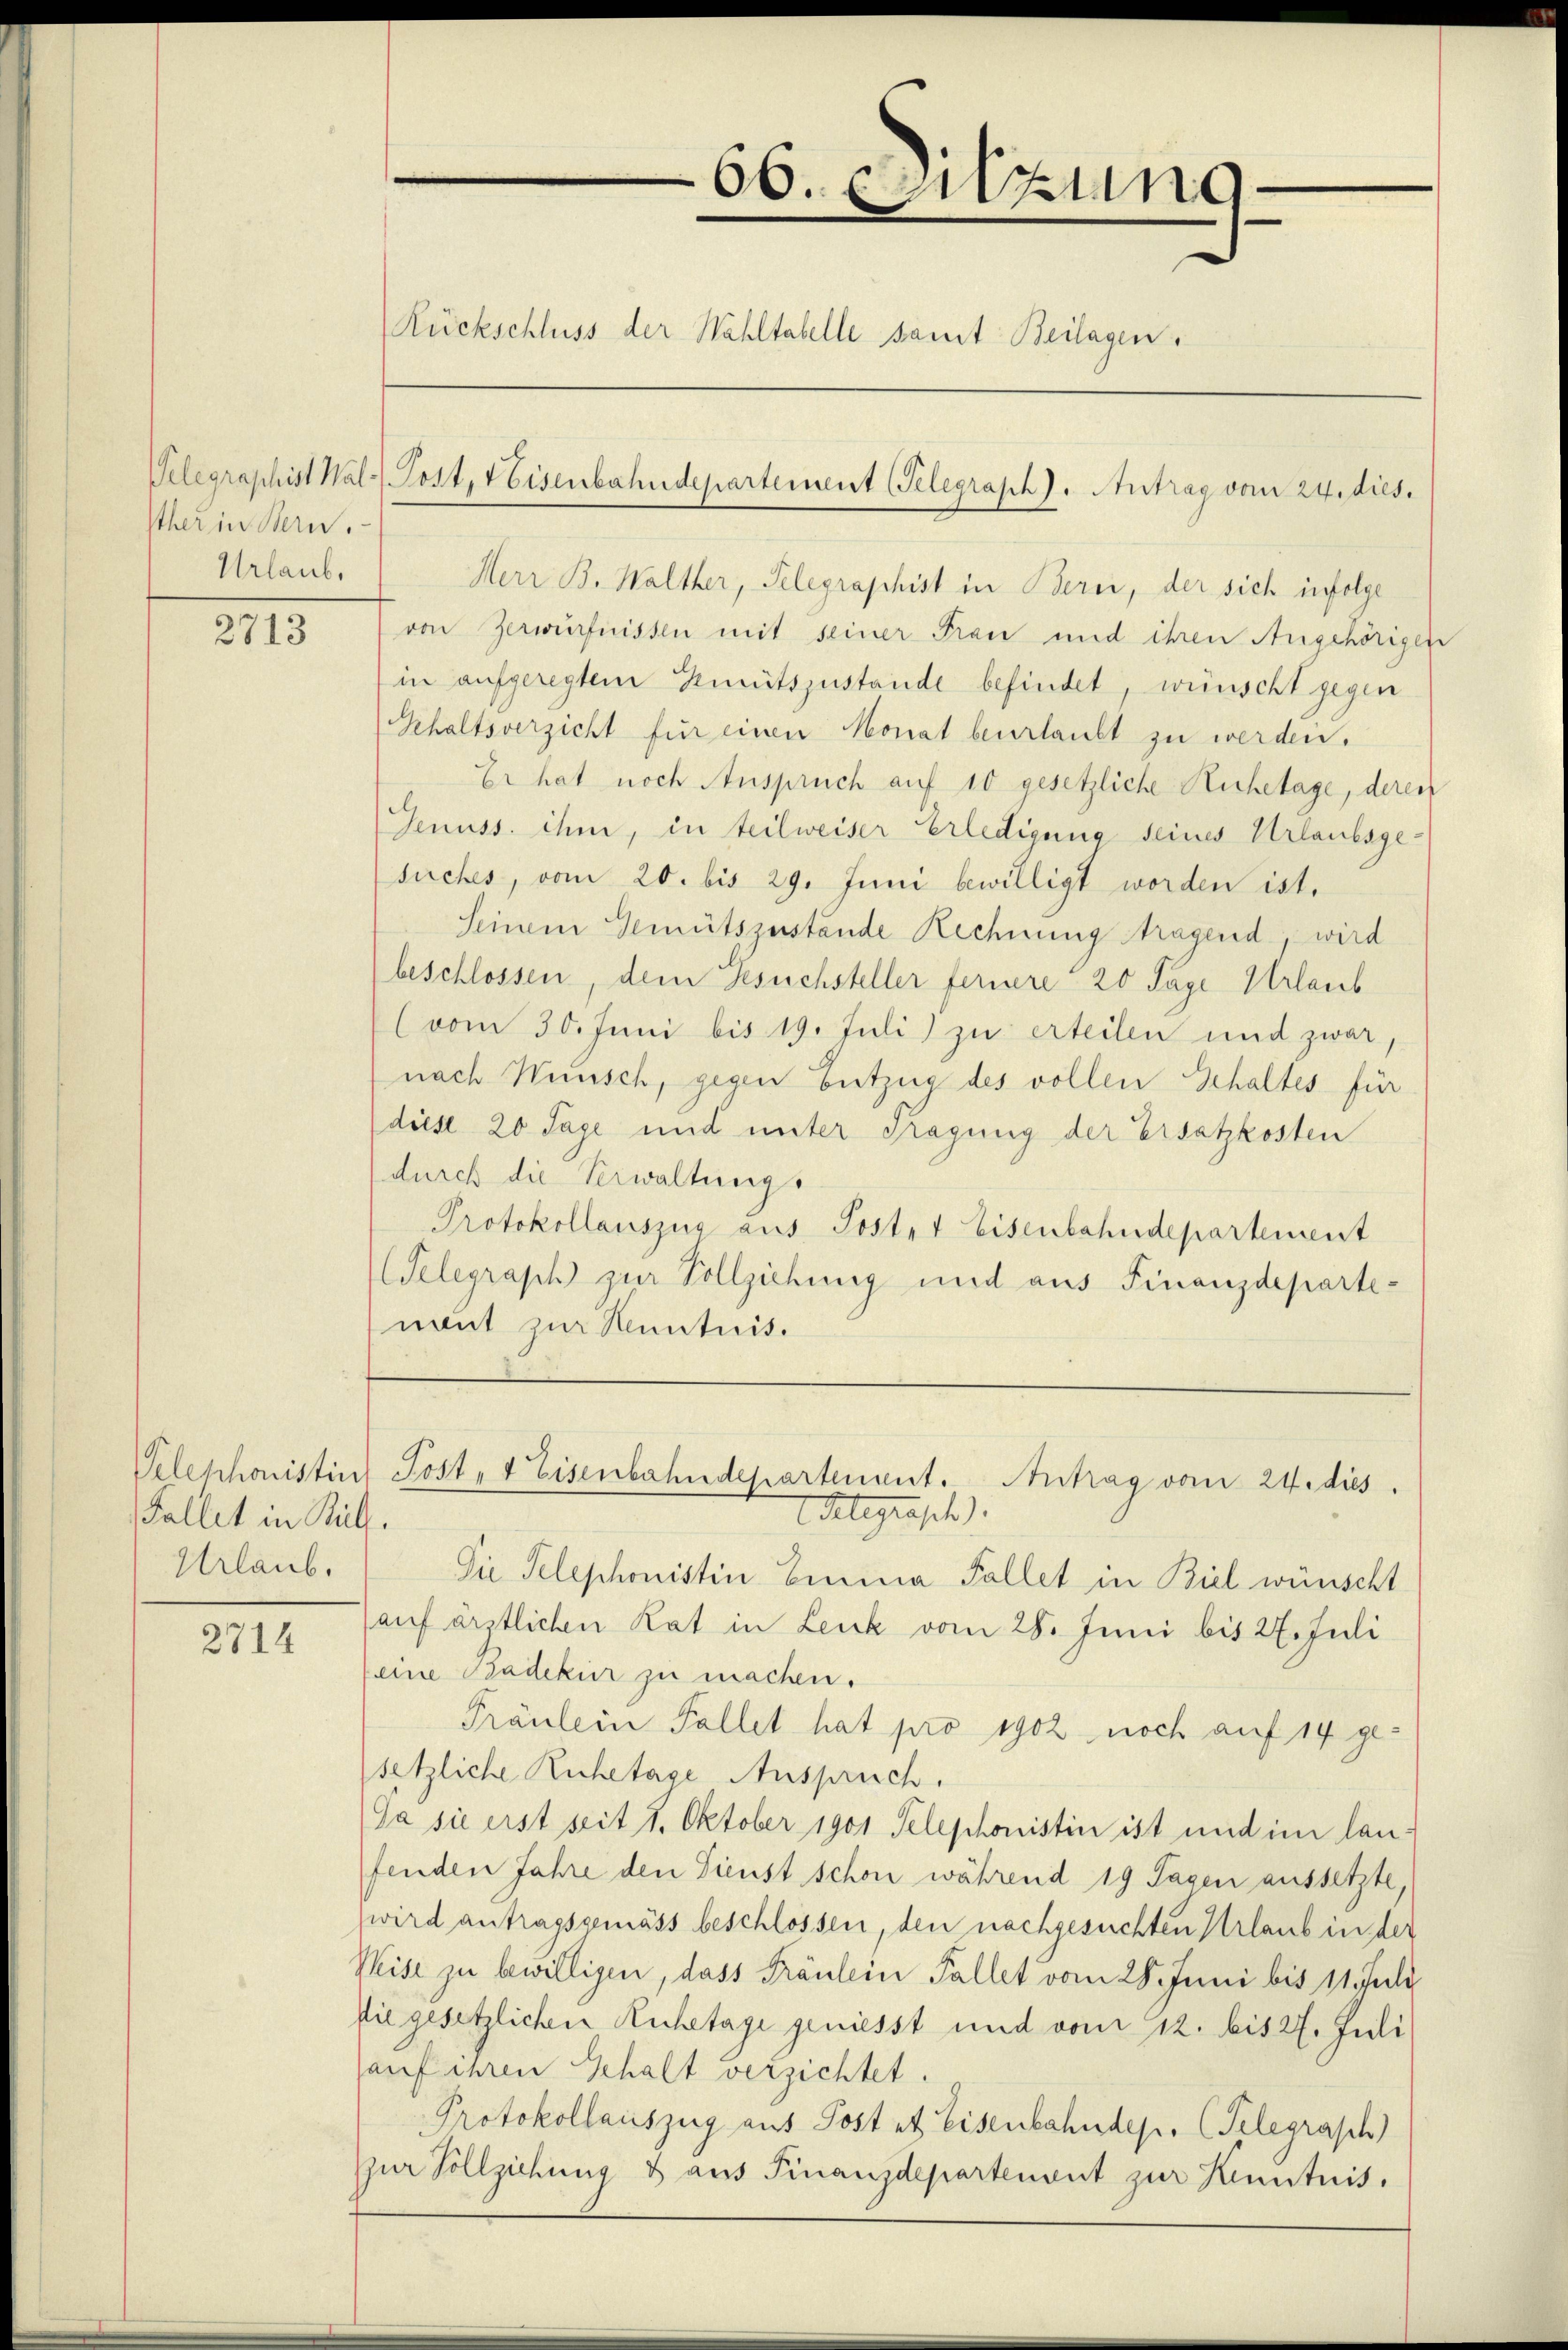
Pther in Bern.
Urlaub.

2713

Velephonistin
Fallet in Kull.
Urlaub.

2714

66. Sitzung
Rückschluss der Wahltabelle samt Beilagen.
Telegraphist Wal-Post, Eisenbahndepartement (Telegraph). Antrag vom 24. dies.

Herr B. Walther, Telegraphist in Berei, der sich infolge
von Zerwürfnissen mit seiner Frau und ihren Angehörigen
in aufgeregtem Knütszustande befindet, wünscht gegen
Gehaltsverzicht für einen Monat beurlaubt zu werden.
Er hat noch Anspruch auf 10 gesetzliche Ruhetage, deren
Genuss. ihm, in teilweiser Erledigung seines Urlaubsgesuches, vom 20. bis 29. Juni bewilligt worden ist.
Seinem Gemütszustände Rechnung tragend, wird
beschlossen, dem Gesuchsteller fernere 20 Tage Urlaub
(vom 30. Juni bis 19. Juli) zu erteilen und zwar,
nach Wünsch, gegen butzug des vollen Gehaltes für
diese 20 Tage und unter Tragung der Ersatzkosten
(durch die Verwaltung
Protokollauszug aus Poster Eisenbahndepartement
Telegraph zur Vollziehung und aus Finanzdepartenant zur Kenntnis.

Die Telephonistin Emma Fallet in Biel wünscht
sauf ärztlichen Rat in Leuk vom 28. Juni bis 27. Juli
(eine Badekur zu machen.
Fräulein Fallet hat pro 1902 noch auf 14 gesetzliche Ruhetage Anspruch.
Ja sie erst seit 1. Oktober 1901 Telephonistin ist und im lanfenden Jahre den Sienst schon während 19 Sagen aussetzte,
wird antragsgemäss beschlossen, den nachgesuchten Urlaub in der
Weise zu bewilligen, dass Fräulein Fallet vom 28. Juni bis 11 Juli
die gesetzlichen Ruhetage geniesst und vom 12. bis 27. Juli
auf ihren Gehalt verzichtet.
Protokollauszug aus Post et Eisenbahndep. (Telegrasch)
zur Vollziehung & aus Finanzdepartement zur Kenntnis,

Post, 4 Eisenbahndepartement. Antrag vom 24. dies
delegrasch.